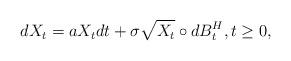
LaTeX: \begin{align*}\begin{gathered} dX_t=aX_tdt+\sigma\sqrt{X_t}\circ dB_t^H, t\ge0,\end{gathered} \end{align*}